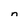
Character: n